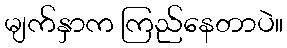
မျက်နှာက ကြည်နေတာပဲ။